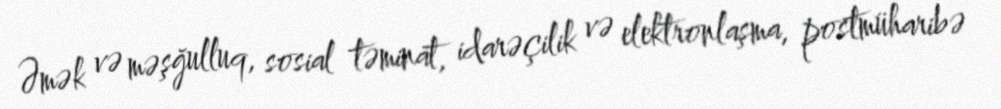
Əmək və məşğulluq, sosial təminat, idarəçilik və elektronlaşma, postmüharibə